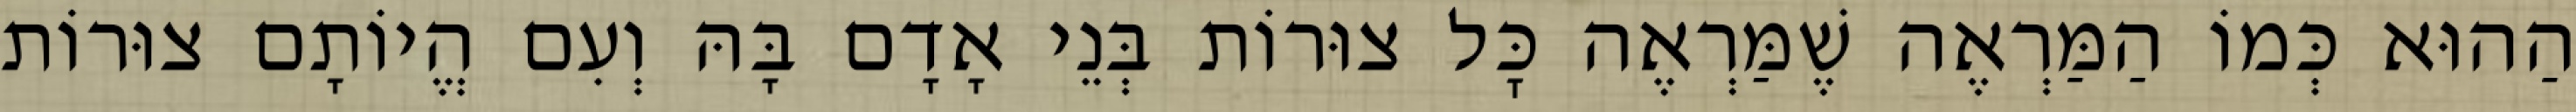
הַהוּא כְּמוֹ הַמַּרְאֶה שֶׁמַּרְאֶה כׇּל צוּרוֹת בְּנֵי אָדָם בָּהּ וְעִם הֱיוֹתָם צוּרוֹת